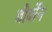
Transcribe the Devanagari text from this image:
बौर्बोन